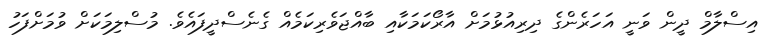
އިސްލާމް ދީން ވަނީ އަހަރެންގެ ދިރިއުޅުމަށް އާރޯކަމަކާއި ބާއްޖަވެރިކަމެއް ގެނެސްދީފައެވެ. މުސްލިމަކަށް ވުމަށްފަހު